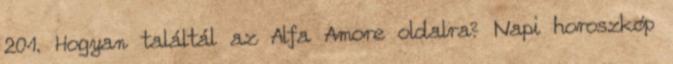
201. Hogyan találtál az Alfa Amore oldalra? Napi horoszkóp